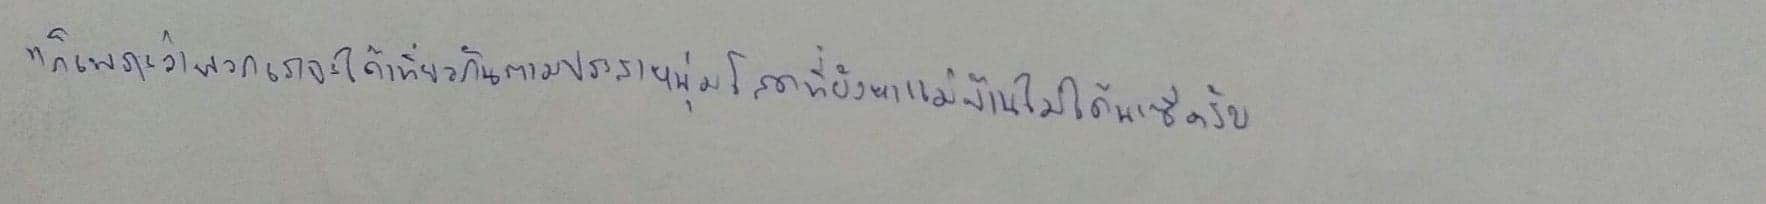
"ก็เพราะว่าพวกเราจะได้เที่ยวกันตามประสาหนุ่มโสดที่ยังหาแม่บ้านไม่ได้น่ะซีครับ